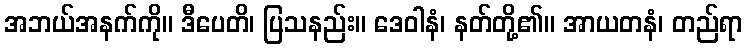
အဘယ်အနက်ကို။ ဒီပေတိ၊ ပြသနည်း။ ဒေဝါနံ၊ နတ်တို့၏။ အာယတနံ၊ တည်ရာ